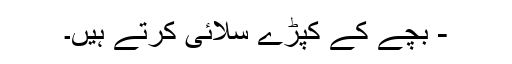
- بچے کے کپڑے سلائی کرتے ہیں۔